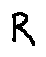
R